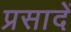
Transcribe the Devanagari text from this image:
प्रसादें